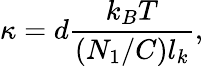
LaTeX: \kappa=d\frac{k_{B}T}{(N_{1}/C)l_{k}},